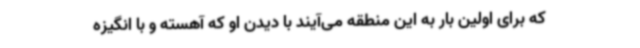
که برای اولین بار به این منطقه می‌آیند با دیدن او که آهسته و با انگیزه